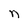
Character: n